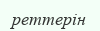
реттерін